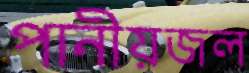
পানীয়জল